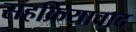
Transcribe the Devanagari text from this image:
सहक्रियावाद